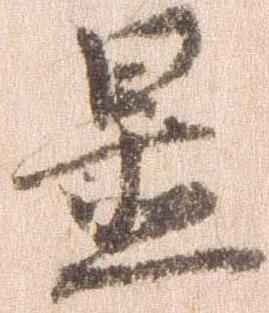
置